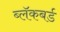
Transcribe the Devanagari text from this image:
ब्लॅकबर्ड